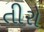
તીરો